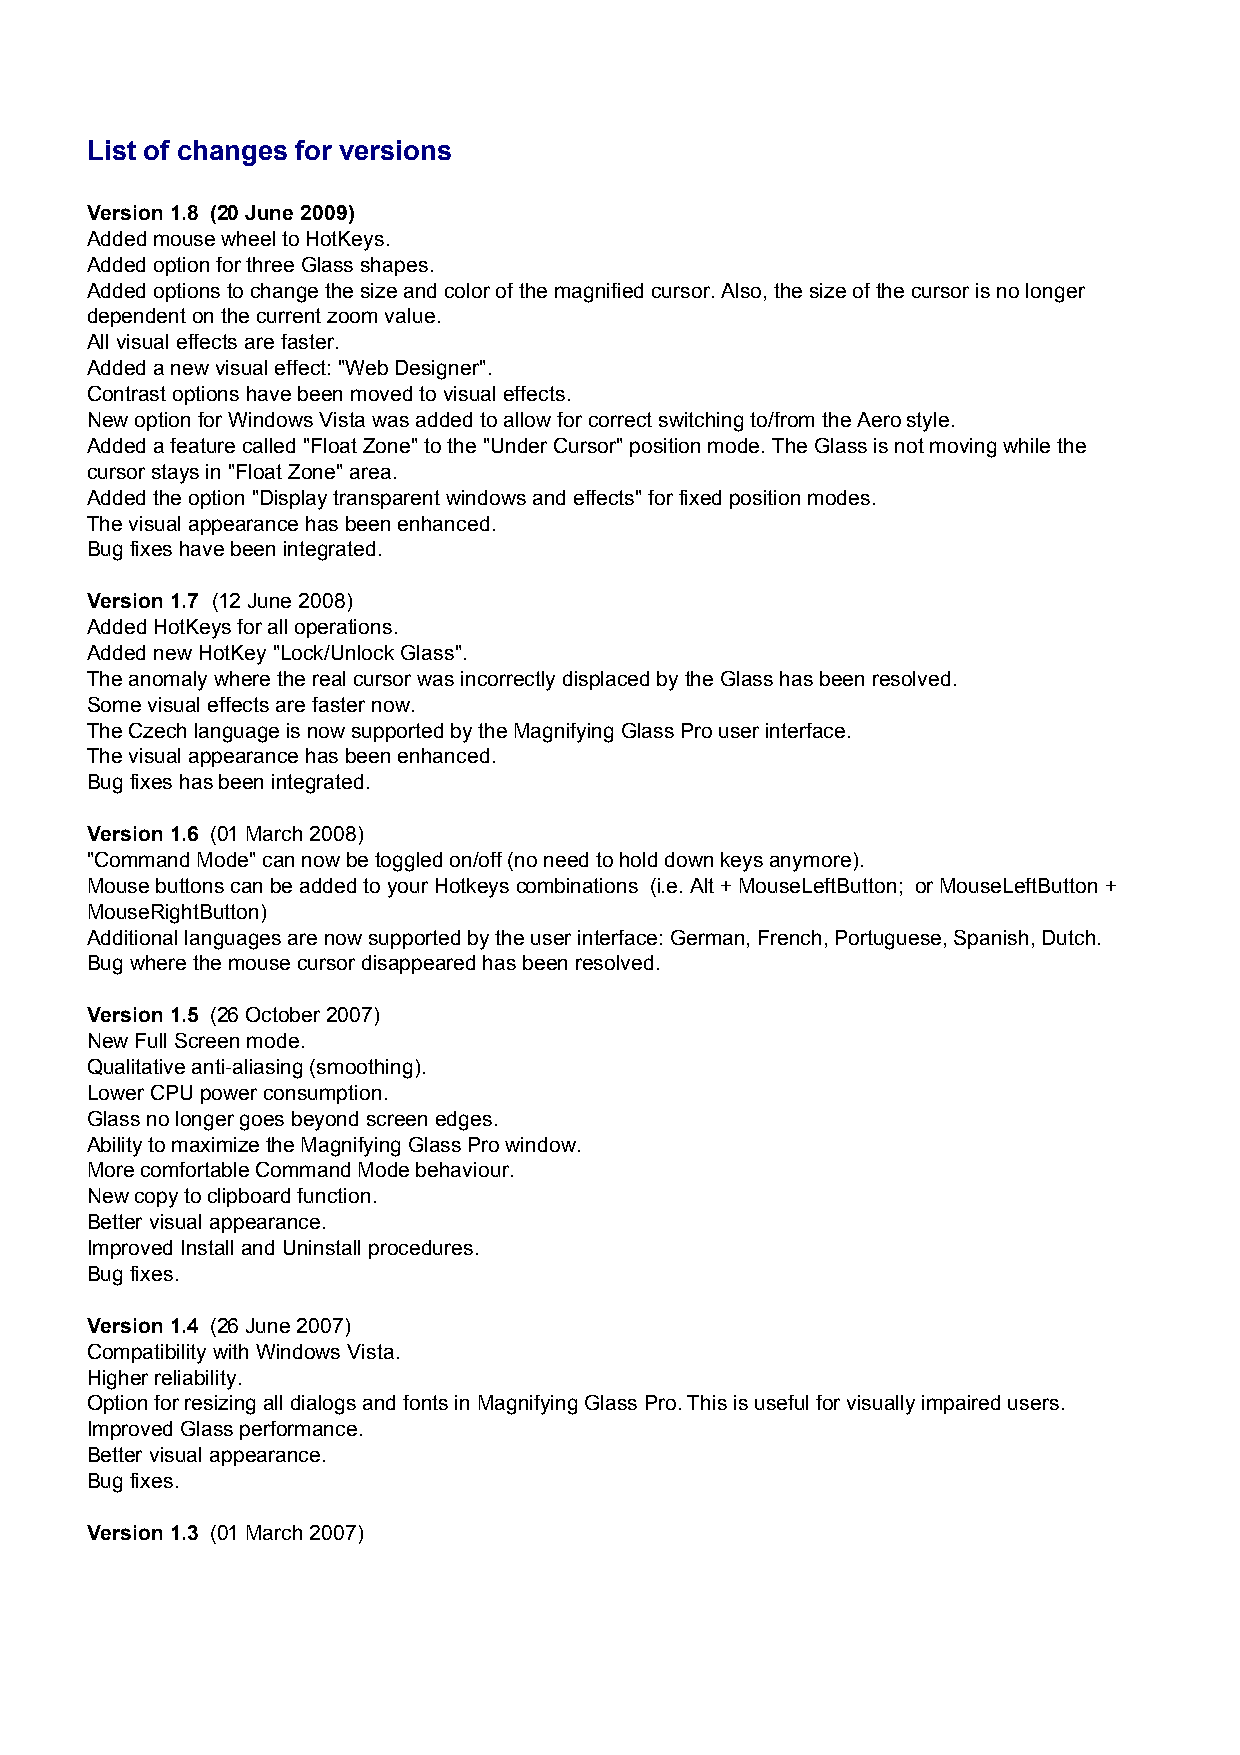
List of changes for versions
 Version 1.8 (20 June 2009)
 Added mouse wheel to HotKeys.
 Added option for three Glass shapes.
 Added options to change the size and color of the magnified cursor. Also, the size of the cursor is no longer
 dependent on the current zoom value.
 All visual effects are faster.
 Added a new visual effect: "Web Designer".
 Contrast options have been moved to visual effects.
 New option for Windows Vista was added to allow for correct switching to/from the Aero style.
 Added a feature called "Float Zone" to the "Under Cursor" position mode. The Glass is not moving while the
 cursor stays in "Float Zone" area.
 Added the option "Display transparent windows and effects" for fixed position modes.
 The visual appearance has been enhanced.
 Bug fixes have been integrated.
 Version 1.7 (12 June 2008)
 Added HotKeys for all operations.
 Added new HotKey "Lock/Unlock Glass".
 The anomaly where the real cursor was incorrectly displaced by the Glass has been resolved.
 Some visual effects are faster now.
 The Czech language is now supported by the Magnifying Glass Pro user interface.
 The visual appearance has been enhanced.
 Bug fixes has been integrated.
 Version 1.6 (01 March 2008)
 "Command Mode" can now be toggled on/off (no need to hold down keys anymore).
 Mouse buttons can be added to your Hotkeys combinations (i.e. Alt + MouseLeftButton; or MouseLeftButton +
 MouseRightButton)
 Additional languages are now supported by the user interface: German, French, Portuguese, Spanish, Dutch.
 Bug where the mouse cursor disappeared has been resolved.
 Version 1.5 (26 October 2007)
 New Full Screen mode.
 Qualitative anti-aliasing (smoothing).
 Lower CPU power consumption.
 Glass no longer goes beyond screen edges.
 Ability to maximize the Magnifying Glass Pro window.
 More comfortable Command Mode behaviour.
 New copy to clipboard function.
 Better visual appearance.
 Improved Install and Uninstall procedures.
 Bug fixes.
 Version 1.4 (26 June 2007)
 Compatibility with Windows Vista.
 Higher reliability.
 Option for resizing all dialogs and fonts in Magnifying Glass Pro. This is useful for visually impaired users.
 Improved Glass performance.
 Better visual appearance.
 Bug fixes.
 Version 1.3 (01 March 2007)